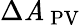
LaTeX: \Delta{{\mathit{A}_{\, \mathrm{{{PV}}}}}}